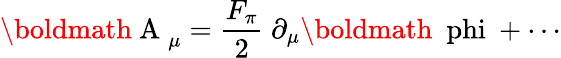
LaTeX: \mathrm{\boldmath~A~}_{\mu}=\frac{F_{\pi}}{2}~\partial_{\mu}\mathrm{\boldmath~\ phi~}+\cdots